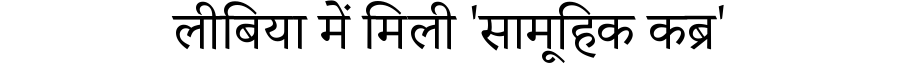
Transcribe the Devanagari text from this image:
लीबिया में मिली 'सामूहिक कब्र'